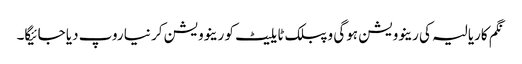
نگم کاریالیہ کی رینوویشن ہوگی و پبلک ٹایلیٹ کو رینوویشن کر نیا روپ دیا جائیگا۔